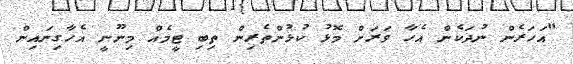
"އަހަރެން ނުދަކެން އެހާ ވަރަށް މޮޅު ކުޅުންތެރިން ތިބި ޓީމެއް މިނޫނީ އެހާގިނައިން